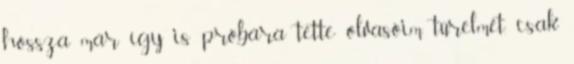
hossza már így is próbára tette olvasóim türelmét, csak